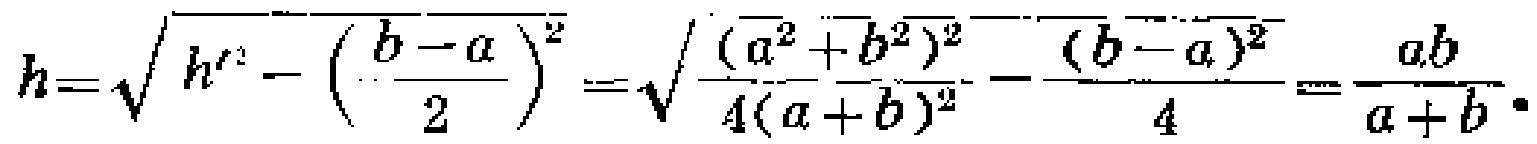
\[h = \sqrt{h'^{2}-\left(\frac{b - a}{2}\right)^{2}}=\sqrt{\frac{(a^{2}+b^{2})^{2}}{4(a + b)^{2}}-\frac{(b - a)^{2}}{4}}=\frac{ab}{a + b}\]